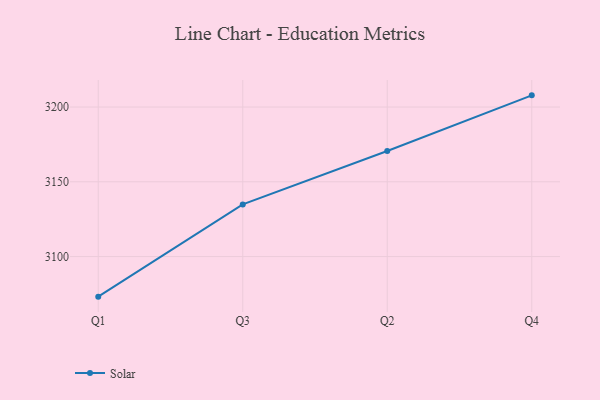
{"axis": {"x": "Quarter", "y": "Gross Profit (USD K)"}, "legend": ["Solar"], "data": [{"x": "Q1", "y": 3073.2, "type": "Solar"}, {"x": "Q3", "y": 3134.9, "type": "Solar"}, {"x": "Q2", "y": 3170.6, "type": "Solar"}, {"x": "Q4", "y": 3207.8, "type": "Solar"}]}